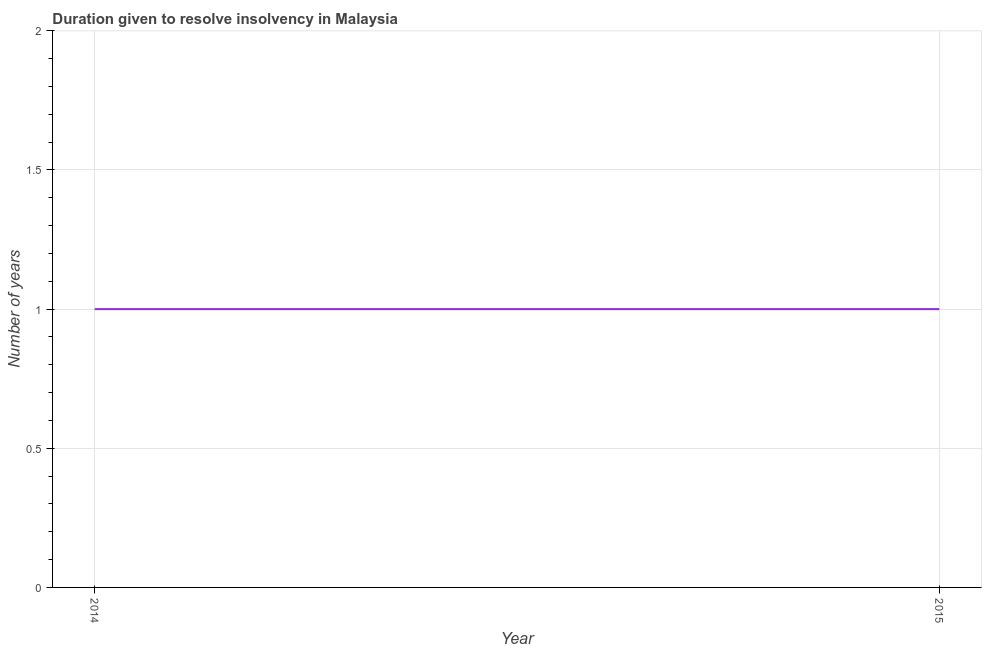
| Year | Resolve insolvency |
 | --- | --- |
 | 2014 | 1 |
 | 2015 | 1 |